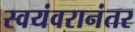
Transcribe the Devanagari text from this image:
स्वयंवरानंतर